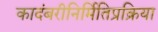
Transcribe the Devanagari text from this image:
कादंबरीनिर्मितिप्रक्रिया